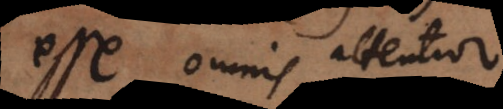
esse omnis attentior